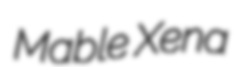
Mable Xena